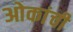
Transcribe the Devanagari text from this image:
ओकांची